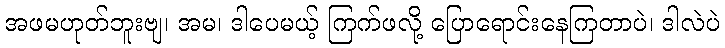
အဖမဟုတ်ဘူးဗျ၊ အမ၊ ဒါပေမယ့် ကြက်ဖလို့ ပြောရောင်းနေကြတာပဲ၊ ဒါလဲပဲ